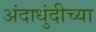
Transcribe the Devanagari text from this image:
अंदाधुंदीच्या